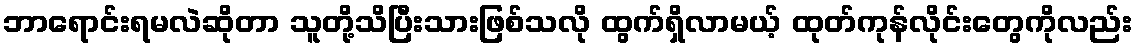
ဘာရောင်းရမလဲဆိုတာ သူတို့သိပြီးသားဖြစ်သလို ထွက်ရှိလာမယ့် ထုတ်ကုန်လိုင်းတွေကိုလည်း